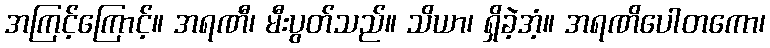
အကြင့်ကြောင့်။ အရဏီ၊ မီးပွတ်သည်။ သိယာ၊ ရှိခဲ့အံ့။ အရဏိပေါတကော၊